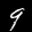
Label: 9